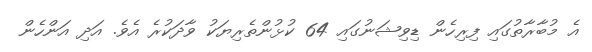
އެ މުބާރާތުގައި ފިރިހެން ޑިވިޝަނުގައި 64 ކުޅުންތެރިޔަކު ވާދަކުރެ އެވެ. އަދި އަންހެން